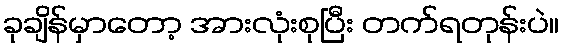
ခုချိန်မှာတော့ အားလုံးစုပြီး တက်ရတုန်းပဲ။